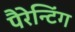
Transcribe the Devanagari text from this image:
पैरेन्टिंग